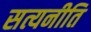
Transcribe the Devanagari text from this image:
सत्यनीति